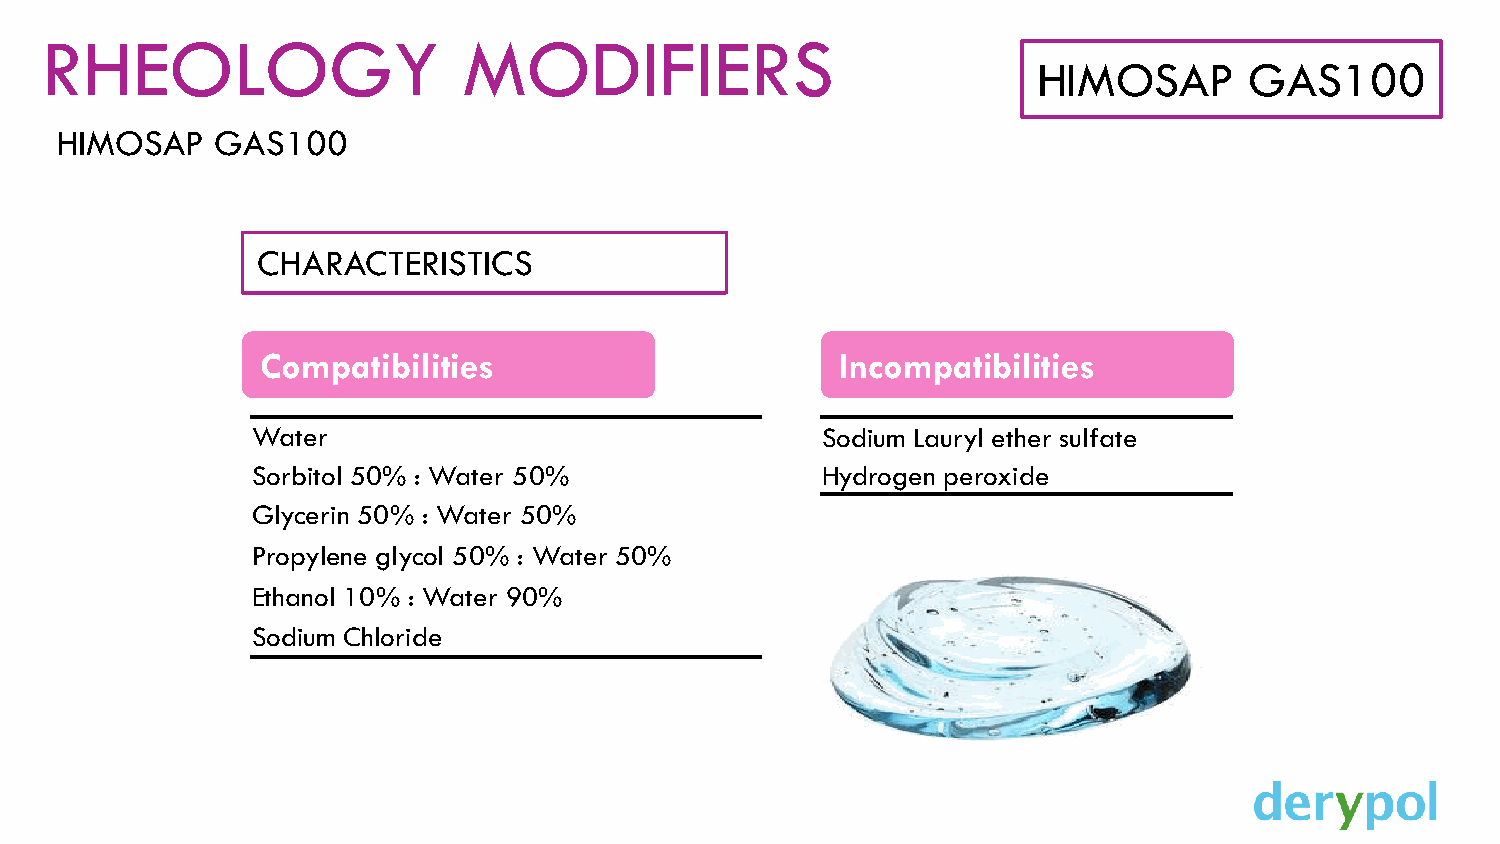
RHEOLOGY                    MODIFIERS
 HIMOSAP       GAS100
 HIMOSAP   GAS100
 CHARACTERISTICS
 Compatibilities                        Incompatibilities
 Water                                Sodium Lauryl ether sulfate
 Sorbitol 50% : Water 50%             Hydrogen peroxide
 Glycerin 50% : Water 50%
 Propylene glycol 50% : Water 50%
 Ethanol 10% : Water 90%
 Sodium Chloride